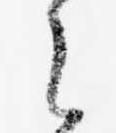
之